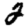
Digit: 2